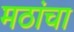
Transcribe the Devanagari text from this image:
मठांचा